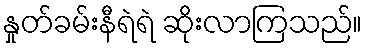
နှုတ်ခမ်းနီရဲရဲ ဆိုးလာကြသည်။